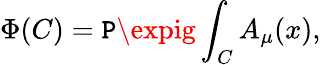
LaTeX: \Phi(C)=\mathtt{P}\expig\int_{C}A_{\mu}(x),